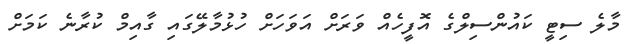
މާލެ ސިޓީ ކައުންސިލްގެ އޮފީހެއް ވަރަށް އަވަހަށް ހުޅުމާލޭގައި ގާއިމް ކުރާނެ ކަމަށް